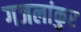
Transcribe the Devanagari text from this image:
गजलांकुर